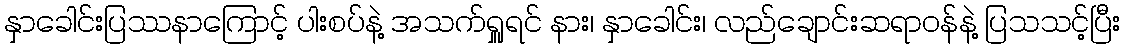
နှာခေါင်းပြဿနာကြောင့် ပါးစပ်နဲ့ အသက်ရှူရင် နား၊ နှာခေါင်း၊ လည်ချောင်းဆရာဝန်နဲ့ ပြသသင့်ပြီး